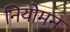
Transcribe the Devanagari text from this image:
नियोमन